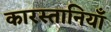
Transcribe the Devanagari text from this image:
कारस्तानियाँ